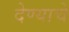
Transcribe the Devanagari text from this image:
देण्‍याचे